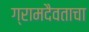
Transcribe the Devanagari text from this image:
ग्रामदैवताचा